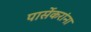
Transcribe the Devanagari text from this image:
पार्सेकरांना